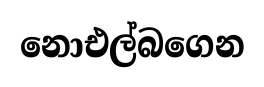
නොඑල්බගෙන